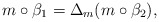
\begin{gather*}m\circ\beta_1=\Delta_m(m\circ\beta_2),\end{gather*}